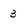
Character: 3